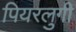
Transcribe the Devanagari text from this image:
पियरलुगी